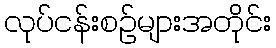
လုပ်ငန်းစဉ်များအတိုင်း